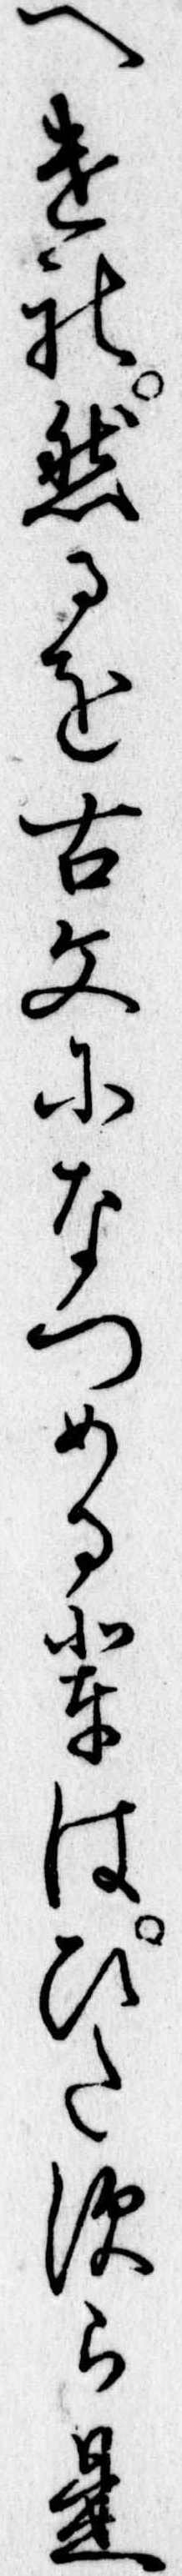
へけれ然るを古文になつめる輩はひたすら是